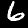
Label: 6